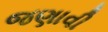
જણાવી